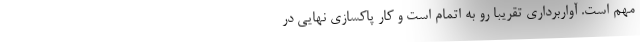
مهم است. آواربرداری تقریبا رو به اتمام است و کار پاکسازی نهایی در